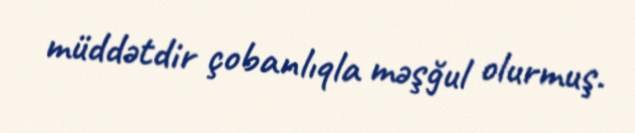
müddətdir çobanlıqla məşğul olurmuş.